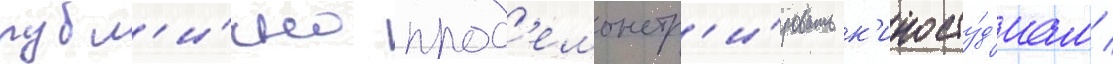
публ'и́чно прод'емонстр'и́ровать к'иносту́д'иам /